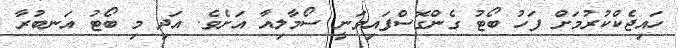
ހައިޖެކްކުރުމަށް ފަހު ބޯޓު ގެންގޮސްފައިވަނީ ސޯމާލިއާ އަށެވެ. އަދި މި ބޯޓު އަނބުރާ